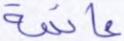
عائمة